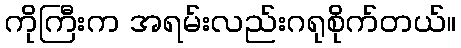
ကိုကြီးက အရမ်းလည်းဂရုစိုက်တယ်။